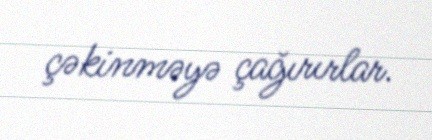
çəkinməyə çağırırlar.